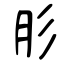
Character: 肜